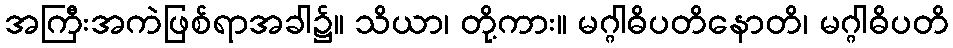
အကြီးအကဲဖြစ်ရာအခါ၌။ သိယာ၊ တို့ကား။ မဂ္ဂါဓိပတိနောတိ၊ မဂ္ဂါဓိပတိ